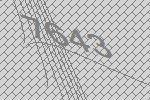
7643